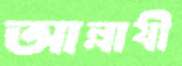
আল্লাযী